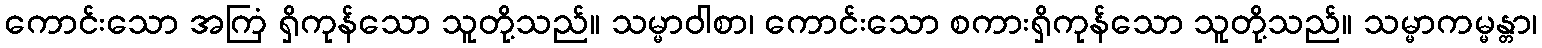
ကောင်းသော အကြံ ရှိကုန်သော သူတို့သည်။ သမ္မာဝါစာ၊ ကောင်းသော စကားရှိကုန်သော သူတို့သည်။ သမ္မာကမ္မန္တာ၊